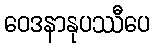
ဝေဒနာနုပဿီပေ